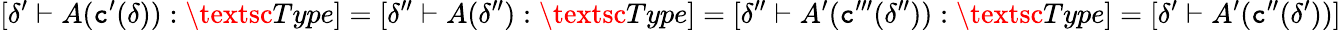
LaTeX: [\delta^{\prime}\vdash A(\textnormal{\texttt{c}}^{\prime}(\delta)):\textsc{Type}]=[\delta^{\prime\prime}\vdash A(\delta^{\prime\prime}):\textsc{Type}]=[\delta^{\prime\prime}\vdash A^{\prime}(\textnormal{\texttt{c}}^{\prime\prime\prime}(\delta^{\prime\prime})):\textsc{Type}]=[\delta^{\prime}\vdash A^{\prime}(\textnormal{\texttt{c}}^{\prime\prime}(\delta^{\prime}))]